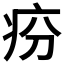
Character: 𤵇